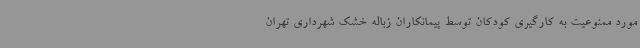
مورد ممنوعیت به کارگیری کودکان توسط پیمانکاران زباله خشک شهرداری تهران